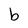
Character: b